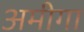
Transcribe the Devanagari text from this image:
अमीगा